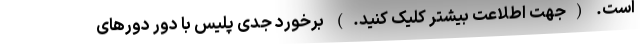
است. (جهت اطلاعت بیشتر کلیک کنید.) برخورد جدی پلیس با دور دور‌های